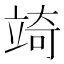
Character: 𮄲